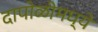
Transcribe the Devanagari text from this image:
दापोळीमध्ये